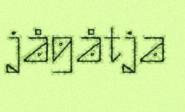
jågåtja